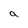
Character: a